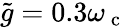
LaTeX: \tilde{g}=0.3\omega_{\mathrm{~c~}}